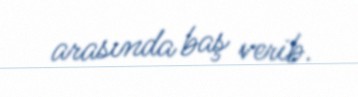
arasında baş verib.